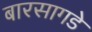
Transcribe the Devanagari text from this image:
बारसागडे